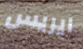
ايريس